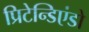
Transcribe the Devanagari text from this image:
प्रिटेन्डिएंडो